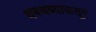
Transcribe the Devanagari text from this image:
धबधब्यापासून